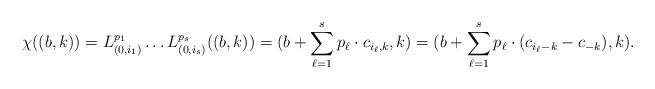
LaTeX: \begin{align*}\chi((b,k))=L_{(0,i_1)}^{p_1}\ldots L_{(0,i_s)}^{p_s}((b,k))=(b+\sum_{\ell=1}^{s} p_\ell\cdot c_{{i_\ell},k},k)=(b+\sum_{\ell=1}^{s} p_\ell\cdot (c_{i_\ell-k} - c_{-k}),k).\end{align*}